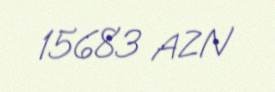
15683 AZN